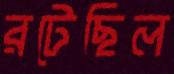
রটেছিল